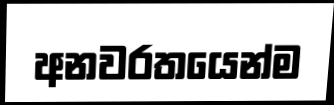
අනවරතයෙන්ම